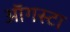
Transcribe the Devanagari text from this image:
ऑगस्‍टा